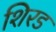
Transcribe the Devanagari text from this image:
शिरड